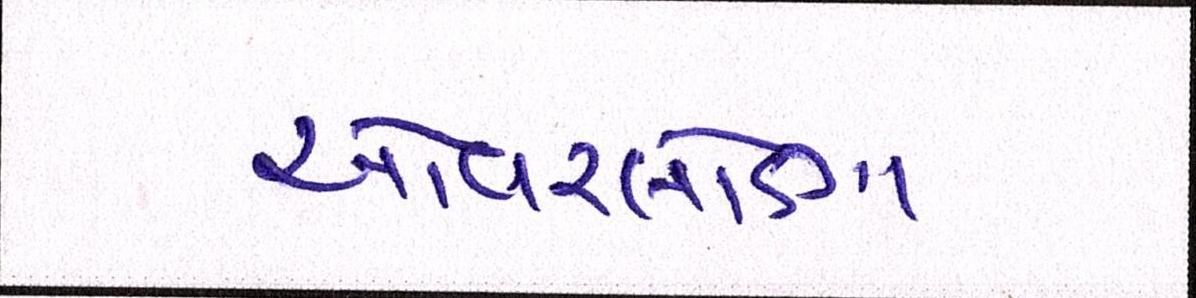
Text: ઓવરલોડીંગ